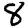
Digit: 8